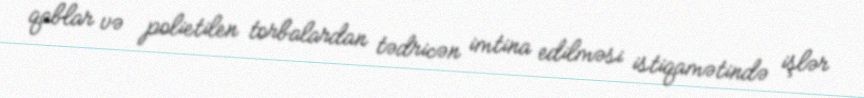
qablar və polietilen torbalardan tədricən imtina edilməsi istiqamətində işlər